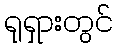
ရုရှားတွင်